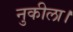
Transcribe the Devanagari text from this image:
नुकीला।